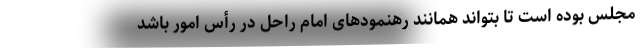
مجلس بوده است تا بتواند همانند رهنمودهای امام راحل در رأس امور باشد